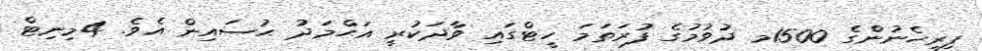
ފިރިހެނުންގެ 1500މ ދުވުމުގެ ފުރަތަމަ ހީޓްގައި ވާދަކުރީ އަޙްމަދު ޙުސައިން އެވެ. 4މިނިޓް